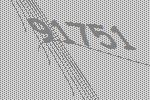
91751